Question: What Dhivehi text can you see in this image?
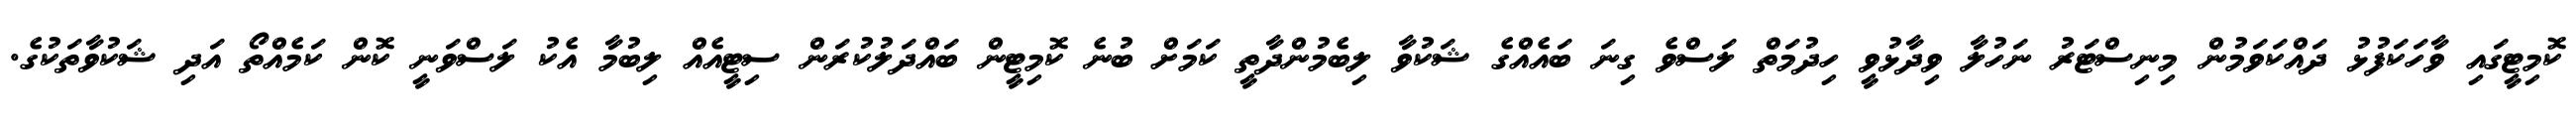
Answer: ކޮމިޓީގައި ވާހަކަފުޅު ދައްކަވަމުން މިނިސްޓަރު ނަހުލާ ވިދާޅުވީ ހިދުމަތް ލަސްވެ ގިނަ ބައެއްގެ ޝަކުވާ ލިބެމުންދާތީ ކަމަށް ބުނެ ކޮމިޓީން ބައްދަލުކުރަން ސިޓީއެއް ލިބުމާ އެކު ލަސްވަނީ ކޮން ކަމެއްތޯ އަދި ޝަކުވާތަކުގެ.